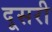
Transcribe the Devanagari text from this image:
दूसरी